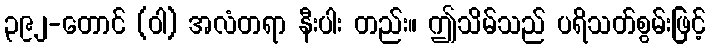
၃၉၂-တောင် (ဝါ) အလံတရာ နီးပါး တည်း။ ဤသိမ်သည် ပရိသတ်စွမ်းဖြင့်